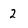
Character: 2